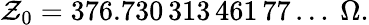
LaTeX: \mathcal{Z}_{0}=376.730\, 313\, 461\, 77\ldots~\Omega.